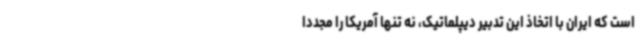
است که ایران با اتخاذ این تدبیر دیپلماتیک، نه تنها آمریکا را مجددا